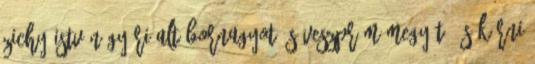
Zichy István győri altábornagyot és Veszprém megyét, és kérni